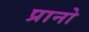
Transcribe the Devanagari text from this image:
प्रानो